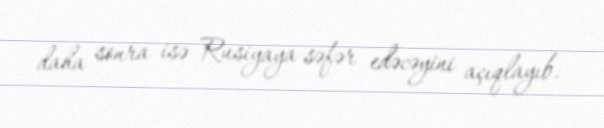
daha sonra isə Rusiyaya səfər edəcəyini açıqlayıb.